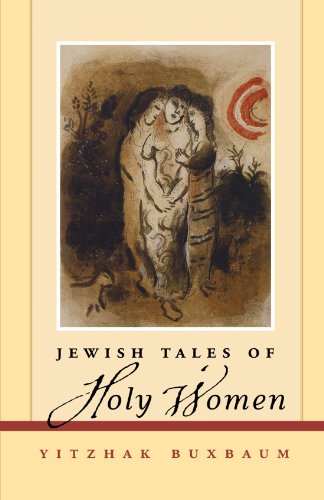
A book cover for Jewish Tales of Holy Women; Yitzhak Buxbaum; Religion & Spirituality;